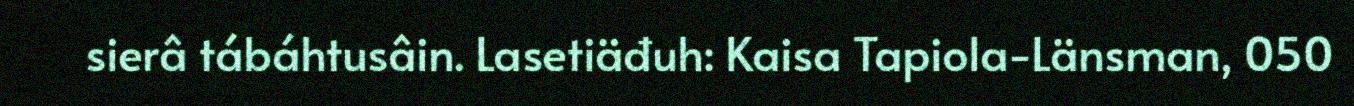
sierâ tábáhtusâin. Lasetiäđuh: Kaisa Tapiola-Länsman, 050